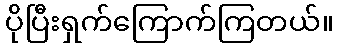
ပိုပြီးရှက်ကြောက်ကြတယ်။